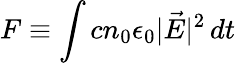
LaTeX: F\equiv\int cn_{0}\epsilon_{0}\vert\vec{E}\vert^{2}\, dt